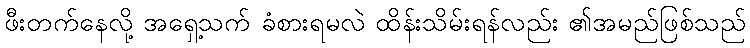
ဖီးတက်နေလို့ အရှေ့သက် ခံစားရမလဲ ထိန်းသိမ်းရန်လည်း ၏အမည်ဖြစ်သည်